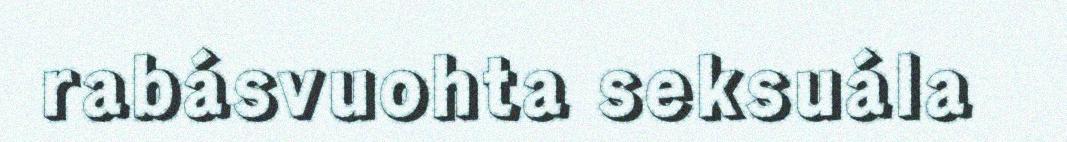
rabásvuohta seksuála